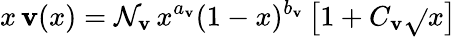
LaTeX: x\, \mathbf{v}(x)=\mathcal{N}_{\mathbf{v}}\, x^{a_{\mathbf{v}}}(1-x)^{b_{\mathbf{v}}}\left[1+C_{\mathbf{v}}\sqrt{}{{x}}\right]